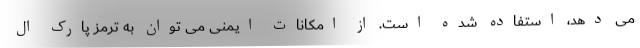
می دهد، استفاده شده است. از امکانات ایمنی می توان به ترمز پارک ال